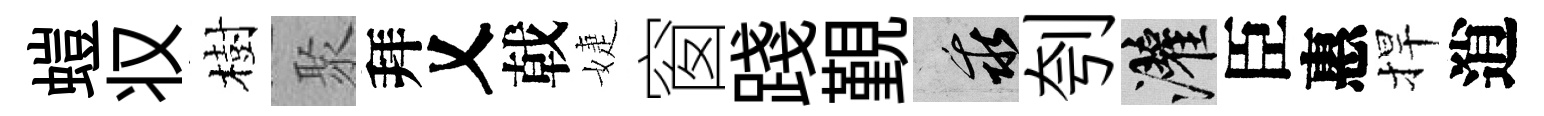
螘𠬧樹聚拜乂戟婕窗踐覲乖刳灌臣惠捍逍